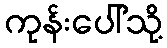
ကုန်းပေါ်သို့